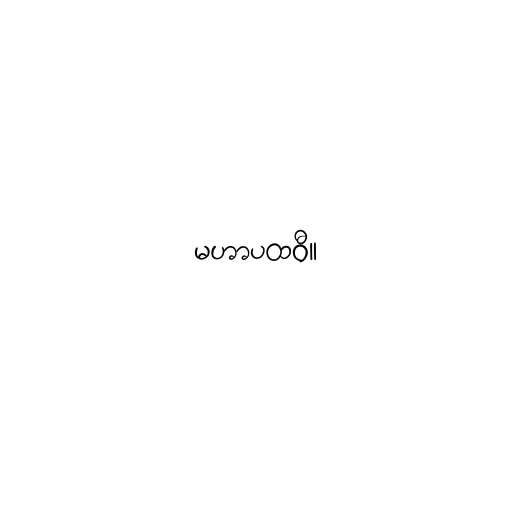
မဟာပထဝီ။